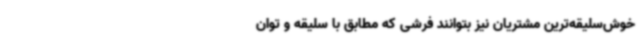
خوش‌سلیقه‌ترین مشتریان نیز بتوانند فرشی که مطابق با سلیقه و توان